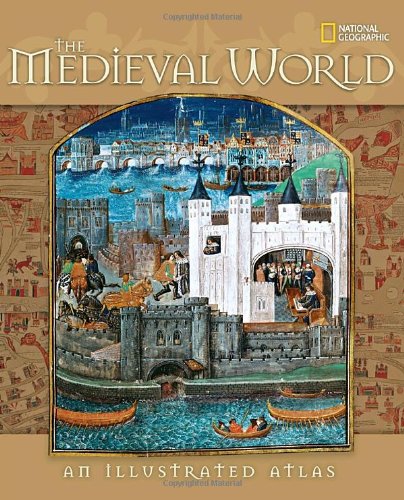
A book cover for The Medieval World: An Illustrated Atlas; John M. Thompson; History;